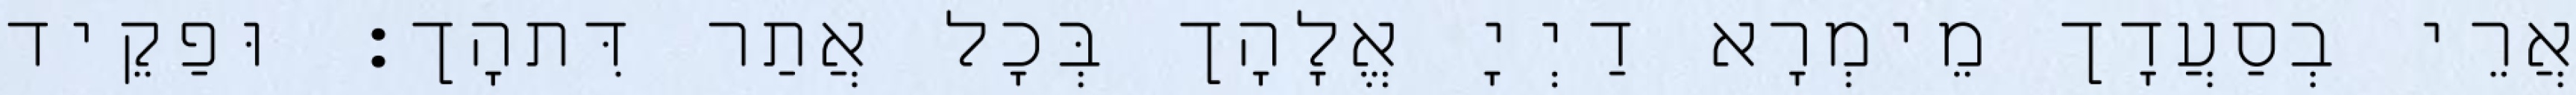
אֲרֵי בְסַעֲדָך מֵימְרָא דַיְיָ אֱלָהָך בְּכָל אֲתַר דִּתהָך׃ וּפַקֵיד